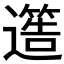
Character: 𮟐